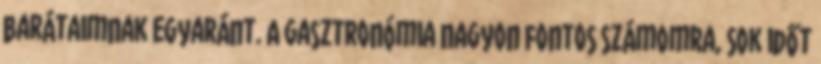
barátaimnak egyaránt. A gasztronómia nagyon fontos számomra, sok időt